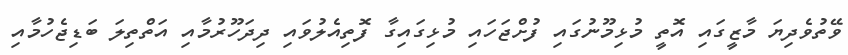
ވޭތުވެދިޔަ މާޒީގައި އޮތީ މުޅިމޫނުގައި ފުށްޖަހައި މުޅިގައިގާ ފޮތިއެލުވައި ދިދަހޫރުމާއި އަތްތިލަ ބަޑިޖެހުމާއި